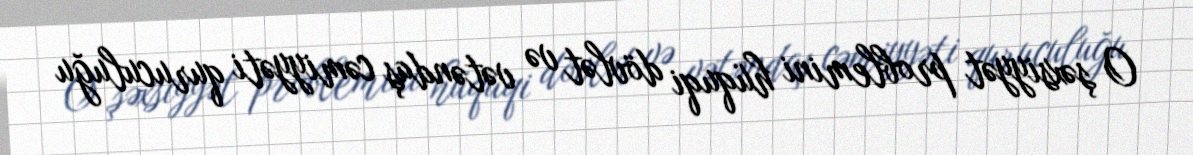
O şəxsiyyət problemini hüquqi dövlət və vətəndaş cəmiyyəti quruculuğu